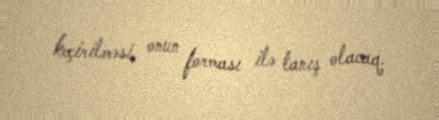
keçirilməsi, onun forması ilə tanış olacaq.